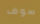
سوف